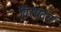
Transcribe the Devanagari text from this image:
विस्पंदन